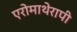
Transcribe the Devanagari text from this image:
एरोमाथेरापी